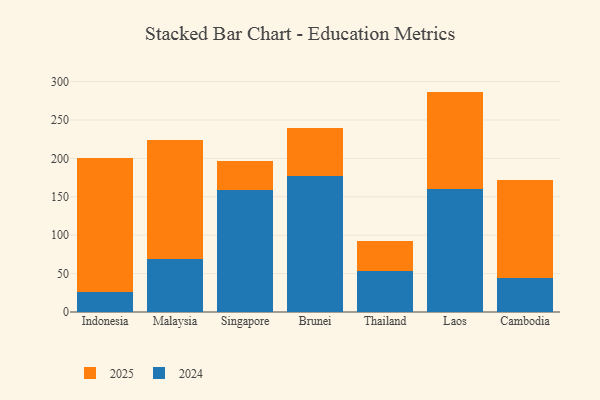
{"axis": {"x": "Country", "y": "Population (Million)"}, "legend": ["2024", "2025"], "data": [{"x": "Indonesia", "y": 175.2, "type": "2025"}, {"x": "Indonesia", "y": 25.6, "type": "2024"}, {"x": "Malaysia", "y": 154.0, "type": "2025"}, {"x": "Malaysia", "y": 69.6, "type": "2024"}, {"x": "Singapore", "y": 37.4, "type": "2025"}, {"x": "Singapore", "y": 159.1, "type": "2024"}, {"x": "Brunei", "y": 62.3, "type": "2025"}, {"x": "Brunei", "y": 177.4, "type": "2024"}, {"x": "Thailand", "y": 39.1, "type": "2025"}, {"x": "Thailand", "y": 53.2, "type": "2024"}, {"x": "Laos", "y": 126.8, "type": "2025"}, {"x": "Laos", "y": 160.2, "type": "2024"}, {"x": "Cambodia", "y": 127.5, "type": "2025"}, {"x": "Cambodia", "y": 44.5, "type": "2024"}]}